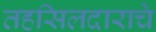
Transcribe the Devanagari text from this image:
तहसिलदाराचे